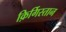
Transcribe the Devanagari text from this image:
क़िर्गिस्तान